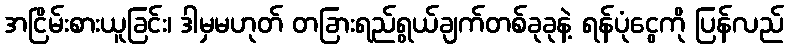
အငြိမ်းစားယူခြင်း၊ ဒါမှမဟုတ် တခြားရည်ရွယ်ချက်တစ်ခုခုနဲ့ ရန်ပုံငွေကို ပြန်လည်